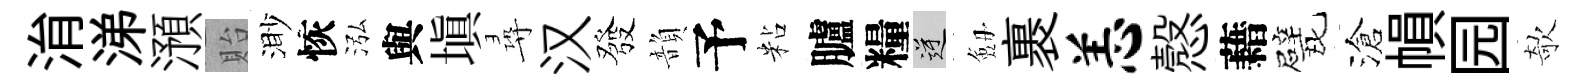
㳙涕澦貽渺恢泓與塡尋汉發韻予粘臚糧逆劔裹恙慤藉戏滄𢄙园欹